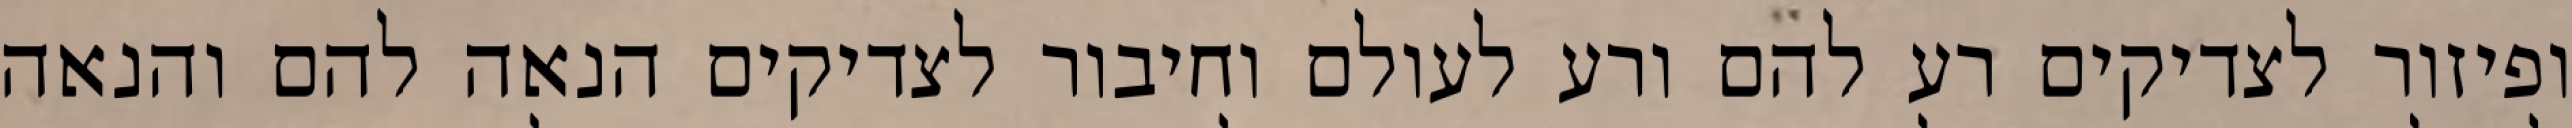
ופיזור לצדיקים רע להם ורע לעולם וחיבור לצדיקים הנאה להם והנאה